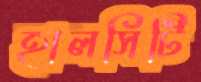
হালসিটি